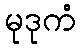
မုဒုကံ